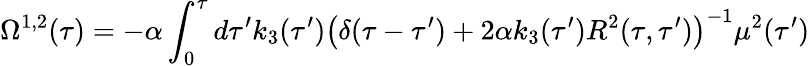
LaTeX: {}\Omega^{1,2}(\tau)=-\alpha\int_{0}^{\tau}d\tau^{\prime}k_{3}(\tau^{\prime})\left(\delta(\tau-\tau^{\prime})+2\alpha k_{3}(\tau^{\prime})R^{2}(\tau,\tau^{\prime})\right)^{-1}\mu^{2}(\tau^{\prime})